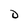
Character: D